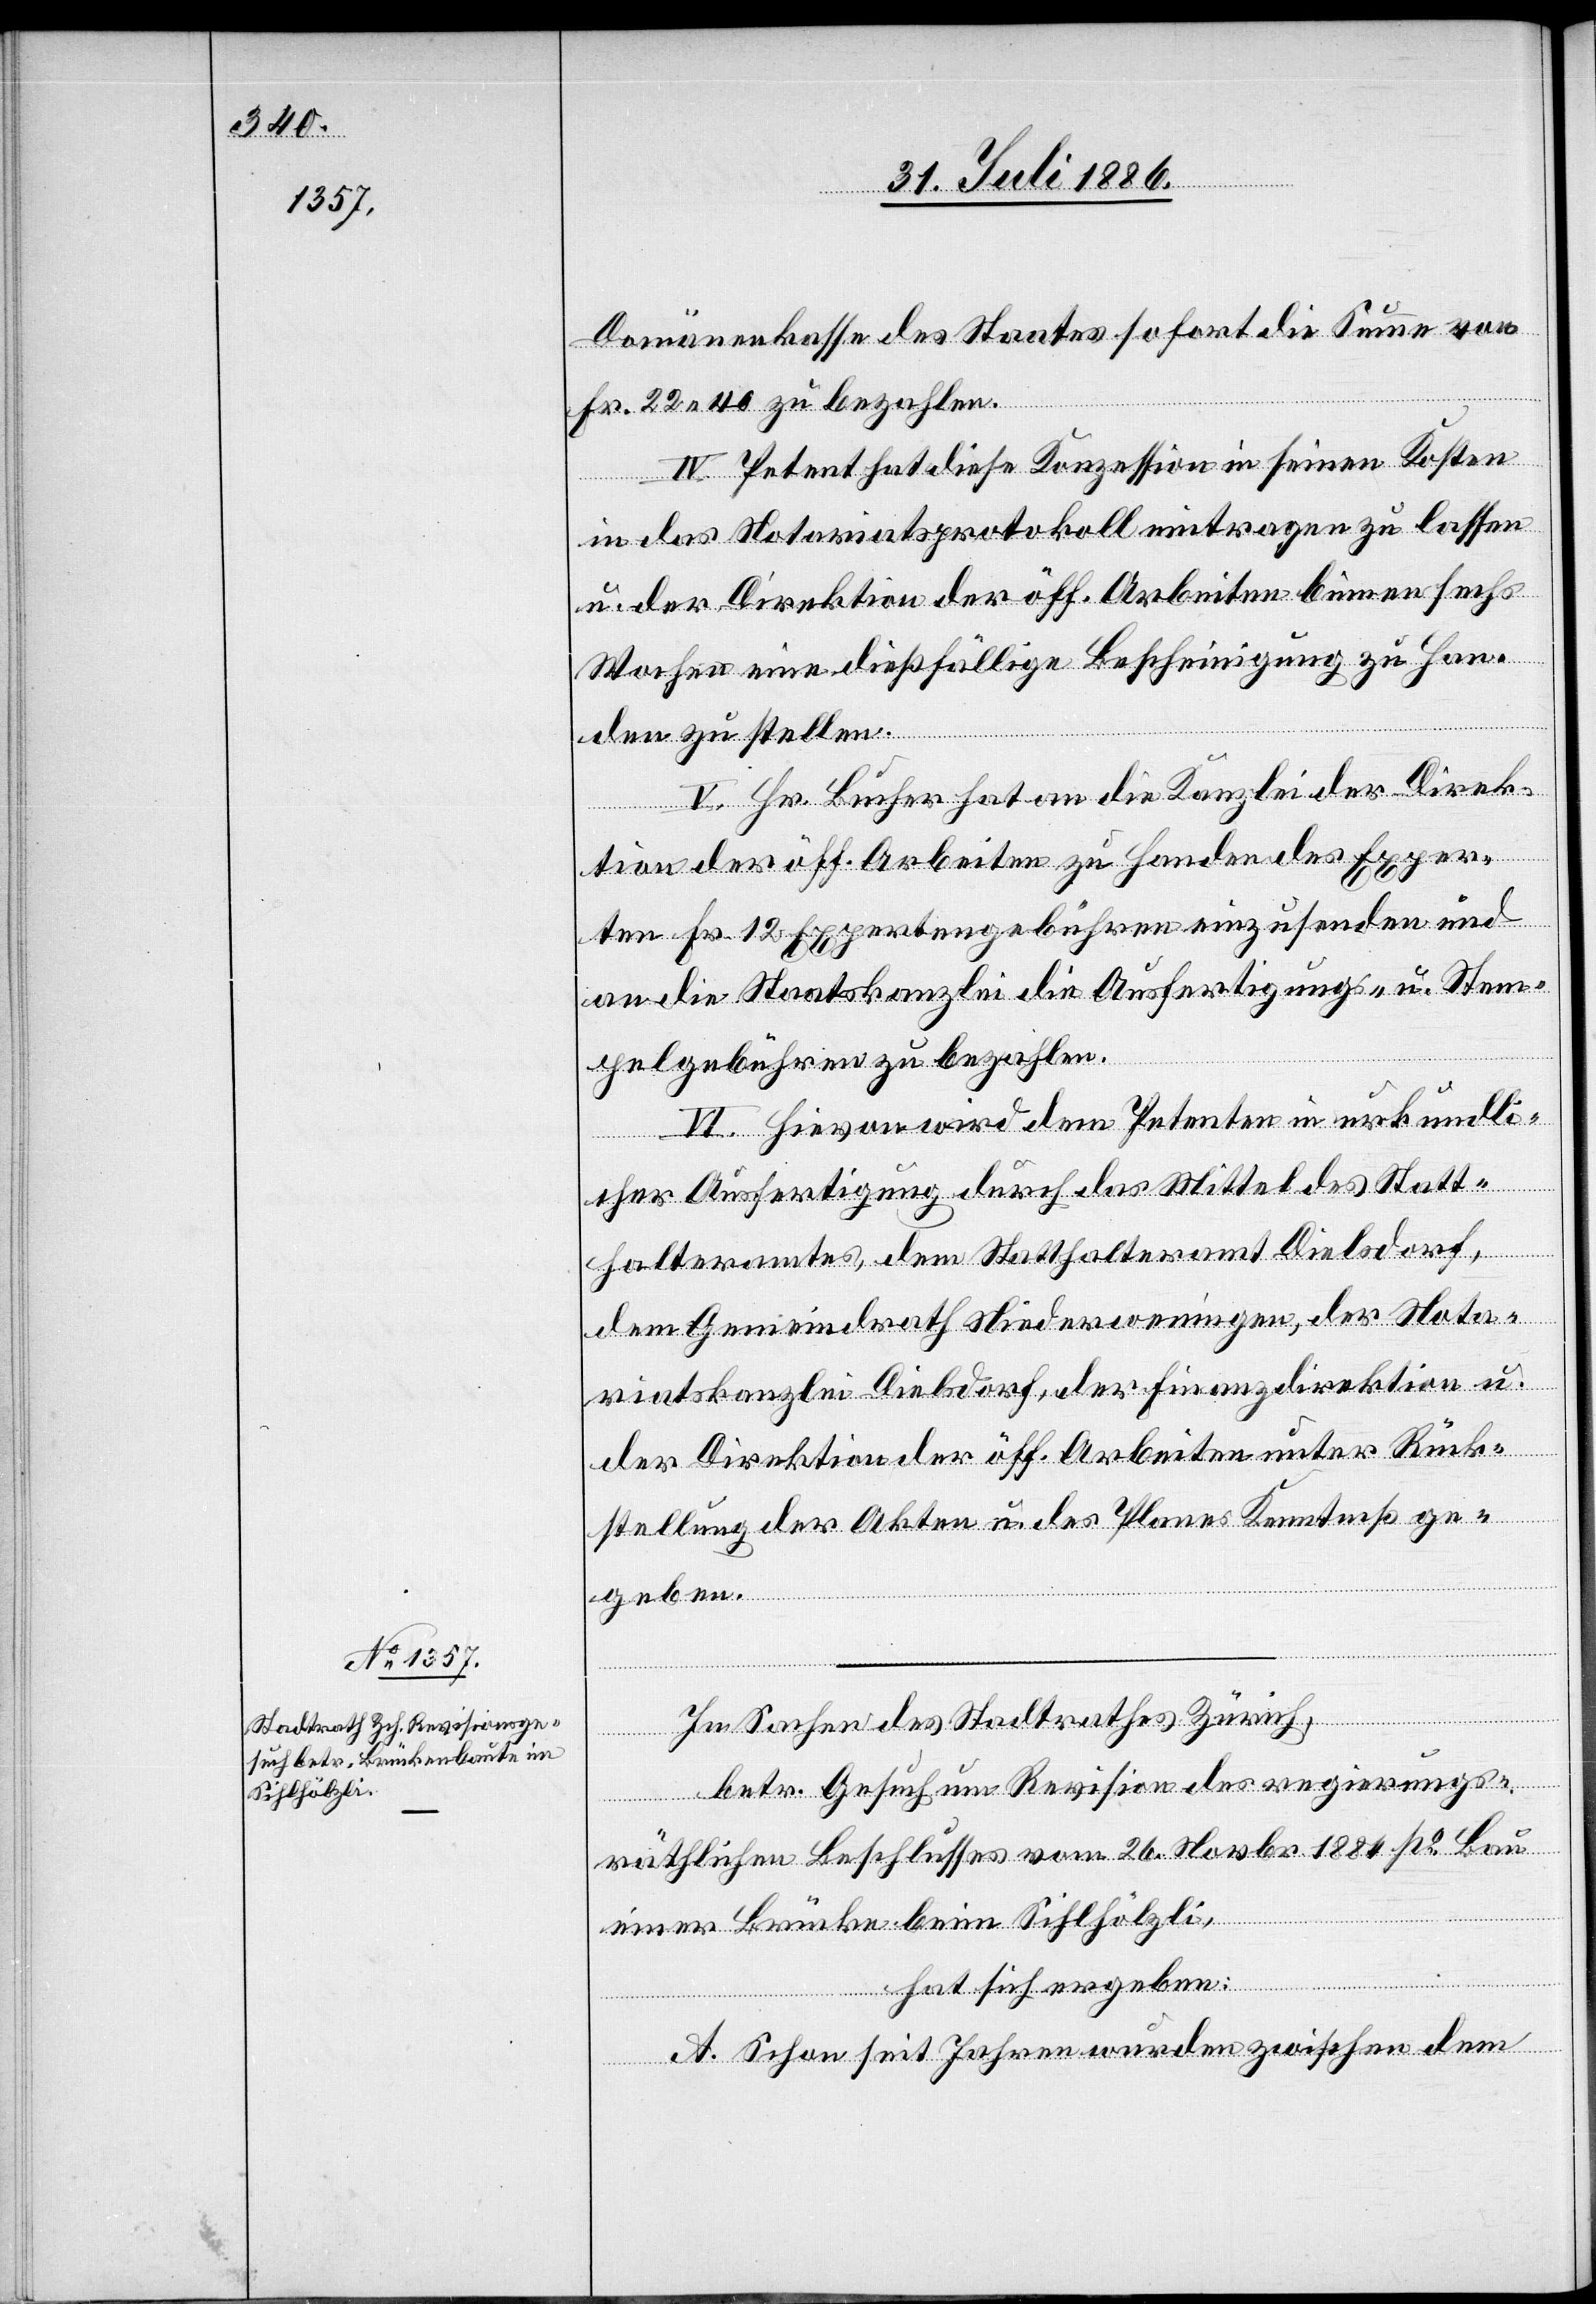
Domänenkasse des Staates sofort die Summe von
Fr. 22 40 zu bezahlen.
IV. Petent hat diese Konzession in seinen Kosten
in das Notariatsprotokoll eintragen zu lassen
u. der Direktion der öff. Arbeiten binnen sechs
Wochen eine dießfällige Bescheinigung zu Han¬
den zu stellen.
V. Hr. Bucher hat an die Kanzlei der Direk¬
tion der öff. Arbeiten zu Handen der Exper¬
ten Fr. 12 Expertengebühren einzusenden und
an die Staatskanzlei die Ausfertigungs- u. Stem¬
pelgebühren zu bezahlen.
VI. Hievon wird dem Petenten in urkundli¬
cher Ausfertigung durch das Mittel des Statt¬
halteramtes, dem Statthalteramt Dielsdorf,
dem Gemeindrath Niederweningen, der Nota¬
riatskanzlei Dielsdorf, der Finanzdirektion u.
der Direktion der öff. Arbeiten unter Rück¬
stellung der Akten u. des Planes Kenntniß ge¬
geben.
In Sachen des Stadtrathes Zürich,
betr. Gesuch um Revision des regierungs¬
räthlichen Beschlusses vom 26. Novbr. 1884 po Bau
einer Brücke beim Sihlhölzli,
hat sich ergeben:
A. Schon seit Jahren wurden zwischen dem